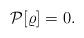
LaTeX: \begin{align*}\mathcal{P}[\varrho] = 0.\end{align*}